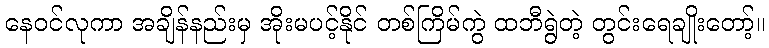
နေဝင်လုကာ အချိန်နည်းမှ အိုးမပင့်နိုင် တစ်ကြိမ်ကွဲ ထဘီရွဲတဲ့ တွင်းရေချိုးတော့်။